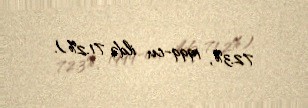
72.3%, 1999-cu ildə 71.2%).